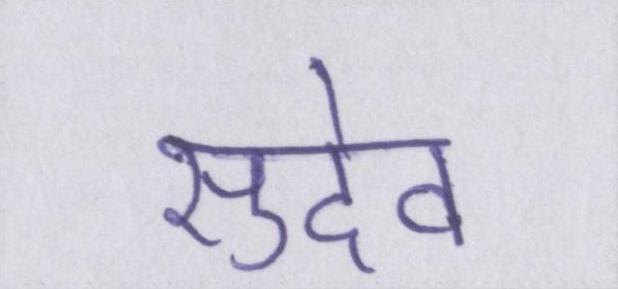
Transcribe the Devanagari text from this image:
सुदेव